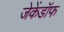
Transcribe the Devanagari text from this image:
जेकेंडॉफ